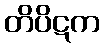
တိပိဋက